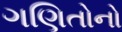
ગણિતોનો